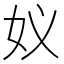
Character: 𮰸